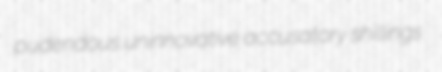
pudendous uninnovative accusatory shillings